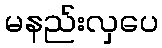
မနည်းလှပေ